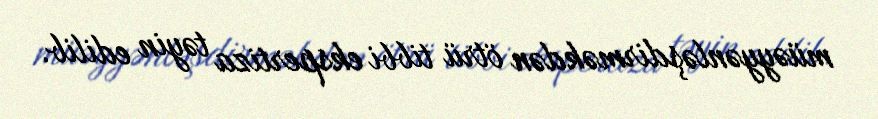
müəyyənləşdirməkdən ötrü tibbi ekspertiza təyin edilib.